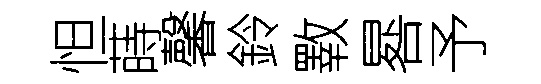
怛蒔馨鈴斁晷予